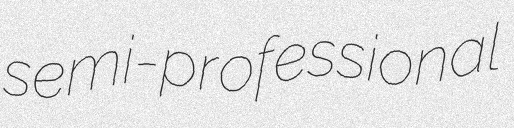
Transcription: semi-professional